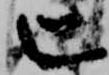
匕